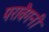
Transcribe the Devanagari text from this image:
परावैगनी